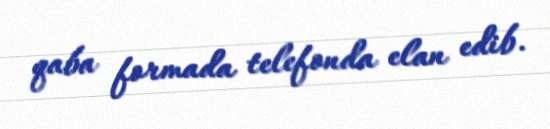
qaba formada telefonda elan edib.